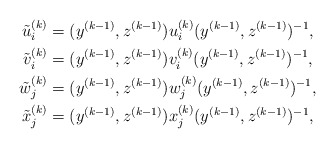
\begin{align*}\tilde u_i^{(k)} &=(y^{(k-1)},z^{(k-1)})u_i^{(k)}(y^{(k-1)},z^{(k-1)})^{-1},\\\tilde v_i^{(k)} &=(y^{(k-1)},z^{(k-1)})v_i^{(k)}(y^{(k-1)},z^{(k-1)})^{-1},\\\tilde w^{(k)}_j &=(y^{(k-1)},z^{(k-1)})w_j^{(k)}(y^{(k-1)},z^{(k-1)})^{-1},\\\tilde x^{(k)}_j &=(y^{(k-1)},z^{(k-1)})x_j^{(k)}(y^{(k-1)},z^{(k-1)})^{-1},\end{align*}